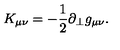
K _ { \mu \nu } = - \frac { 1 } { 2 } \partial _ { \perp } g _ { \mu \nu } .